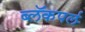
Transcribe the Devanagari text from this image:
ब्लॅकपर्ल